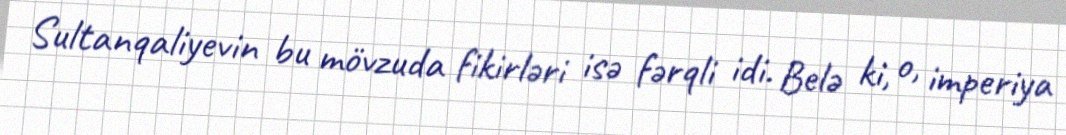
Sultanqaliyevin bu mövzuda fikirləri isə fərqli idi. Belə ki, o, imperiya